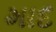
માદ